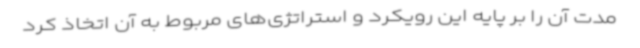
مدت آن را بر پایه این رویکرد و استراتژی‌های مربوط به آن اتخاذ کرد